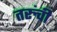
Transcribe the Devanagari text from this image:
तरुंची